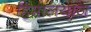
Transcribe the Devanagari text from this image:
हिमालयाज़